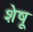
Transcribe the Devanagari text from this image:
शेषू